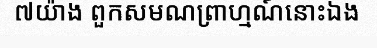
៧យ៉ាង ពួកសមណព្រាហ្មណ៍នោះឯង